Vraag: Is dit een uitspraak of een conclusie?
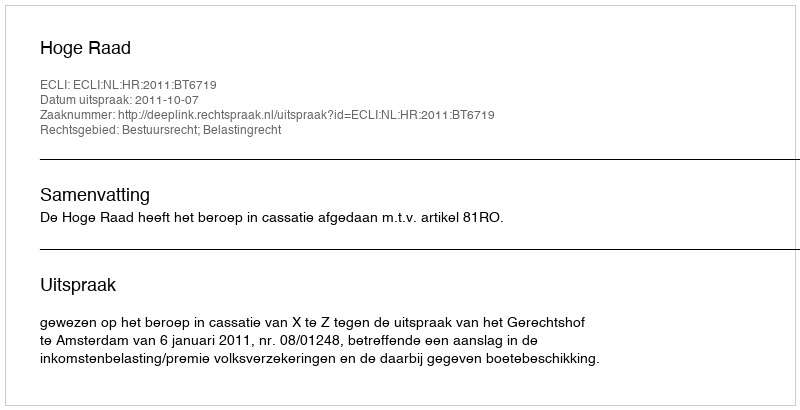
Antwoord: Uitspraak